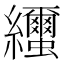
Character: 𦇼